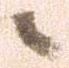
ニ